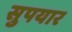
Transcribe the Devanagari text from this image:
सुपयार